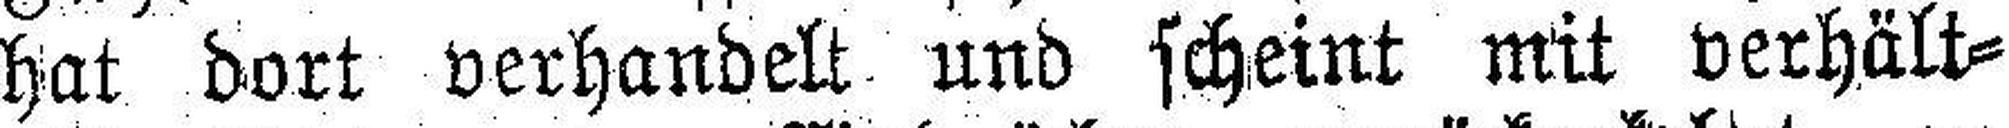
hat dort verhandelt und scheint mit verhält¬